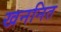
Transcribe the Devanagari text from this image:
खननित